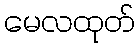
မေလထုတ်